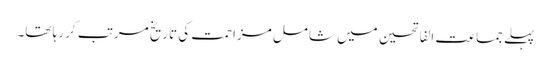
پہلے جماعت الفاتحین میں شامل مزاحمت کی تاریخ مرتب کر رہا تھا۔